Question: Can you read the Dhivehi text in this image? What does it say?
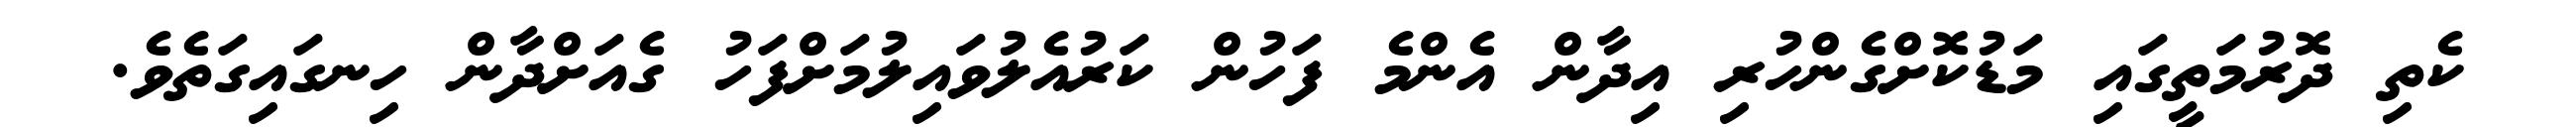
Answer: ކެތި ދޮރުމަތީގައި މަޑުކޮށްގެންހުރި އިދާން އެންމެ ފަހުން ކަރުއެލުވައިލުމަށްފަހު ގެއަށްދާން ހިނގައިގަތެވެ.